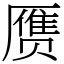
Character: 赝